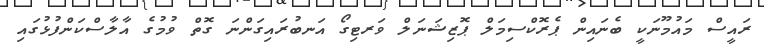
ރައީސް މައުމޫނަކީ ބެނައިން ޕެރޮކްސިމަލް ޕޮޒިޝަނަލް ވަރޓިގޯ އަނބުރައިގަންނަ ގޮތް ވުމުގެ އާލާސްކަންފުޅުގައި